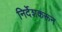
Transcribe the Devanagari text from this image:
निर्देशकरून